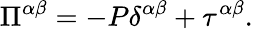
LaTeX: \Pi^{\alpha\beta}=-P\delta^{\alpha\beta}+\tau^{\alpha\beta}.